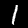
Label: 1